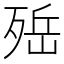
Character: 𣨡